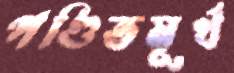
পণ্ডিতমূর্খ